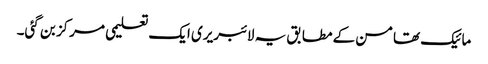
مائیک تھامسن کے مطابق یہ لائبریری ایک تعلیمی مرکز بن گئی۔